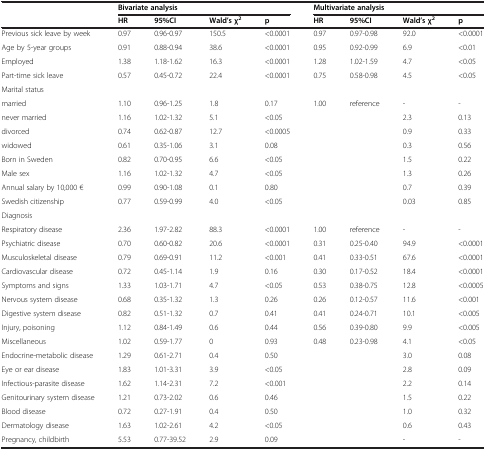
<table><thead><tr><td><b> </b></td><td colspan="4"><b>Bivariate analysis</b></td><td colspan="4"><b>Multivariate analysis</b></td></tr><tr><td><b> </b></td><td><b>HR</b></td><td><b>95%CI</b></td><td><b>Wald’s χ<sup>2</sup></b></td><td><b>p</b></td><td><b>HR</b></td><td><b>95%CI</b></td><td><b>Wald’s χ<sup>2</sup></b></td><td><b>p</b></td></tr></thead><tbody><tr><td>Previous sick leave by week</td><td>0.97</td><td>0.96-0.97</td><td>150.5</td><td>&lt;0.0001</td><td>0.97</td><td>0.97-0.98</td><td>92.0</td><td>&lt;0.0001</td></tr><tr><td>Age by 5-year groups</td><td>0.91</td><td>0.88-0.94</td><td>38.6</td><td>&lt;0.0001</td><td>0.95</td><td>0.92-0.99</td><td>6.9</td><td>&lt;0.01</td></tr><tr><td>Employed</td><td>1.38</td><td>1.18-1.62</td><td>16.3</td><td>&lt;0.0001</td><td>1.28</td><td>1.02-1.59</td><td>4.7</td><td>&lt;0.05</td></tr><tr><td>Part-time sick leave</td><td>0.57</td><td>0.45-0.72</td><td>22.4</td><td>&lt;0.0001</td><td>0.75</td><td>0.58-0.98</td><td>4.5</td><td>&lt;0.05</td></tr><tr><td>Marital status</td><td> </td><td> </td><td> </td><td> </td><td> </td><td> </td><td> </td><td> </td></tr><tr><td>married</td><td>1.10</td><td>0.96-1.25</td><td>1.8</td><td>0.17</td><td>1.00</td><td>reference</td><td>-</td><td>-</td></tr><tr><td>never married</td><td>1.16</td><td>1.02-1.32</td><td>5.1</td><td>&lt;0.05</td><td> </td><td> </td><td>2.3</td><td>0.13</td></tr><tr><td>divorced</td><td>0.74</td><td>0.62-0.87</td><td>12.7</td><td>&lt;0.0005</td><td> </td><td> </td><td>0.9</td><td>0.33</td></tr><tr><td>widowed</td><td>0.61</td><td>0.35-1.06</td><td>3.1</td><td>0.08</td><td> </td><td> </td><td>0.3</td><td>0.56</td></tr><tr><td>Born in Sweden</td><td>0.82</td><td>0.70-0.95</td><td>6.6</td><td>&lt;0.05</td><td> </td><td> </td><td>1.5</td><td>0.22</td></tr><tr><td>Male sex</td><td>1.16</td><td>1.02-1.32</td><td>4.7</td><td>&lt;0.05</td><td> </td><td> </td><td>1.3</td><td>0.26</td></tr><tr><td>Annual salary by 10,000 €</td><td>0.99</td><td>0.90-1.08</td><td>0.1</td><td>0.80</td><td> </td><td> </td><td>0.7</td><td>0.39</td></tr><tr><td>Swedish citizenship</td><td>0.77</td><td>0.59-0.99</td><td>4.0</td><td>&lt;0.05</td><td> </td><td> </td><td>0.03</td><td>0.85</td></tr><tr><td>Diagnosis</td><td> </td><td> </td><td> </td><td> </td><td> </td><td> </td><td> </td><td> </td></tr><tr><td>Respiratory disease</td><td>2.36</td><td>1.97-2.82</td><td>88.3</td><td>&lt;0.0001</td><td>1.00</td><td>reference</td><td>-</td><td>-</td></tr><tr><td>Psychiatric disease</td><td>0.70</td><td>0.60-0.82</td><td>20.6</td><td>&lt;0.0001</td><td>0.31</td><td>0.25-0.40</td><td>94.9</td><td>&lt;0.0001</td></tr><tr><td>Musculoskeletal disease</td><td>0.79</td><td>0.69-0.91</td><td>11.2</td><td>&lt;0.001</td><td>0.41</td><td>0.33-0.51</td><td>67.6</td><td>&lt;0.0001</td></tr><tr><td>Cardiovascular disease</td><td>0.72</td><td>0.45-1.14</td><td>1.9</td><td>0.16</td><td>0.30</td><td>0.17-0.52</td><td>18.4</td><td>&lt;0.0001</td></tr><tr><td>Symptoms and signs</td><td>1.33</td><td>1.03-1.71</td><td>4.7</td><td>&lt;0.05</td><td>0.53</td><td>0.38-0.75</td><td>12.8</td><td>&lt;0.0005</td></tr><tr><td>Nervous system disease</td><td>0.68</td><td>0.35-1.32</td><td>1.3</td><td>0.26</td><td>0.26</td><td>0.12-0.57</td><td>11.6</td><td>&lt;0.001</td></tr><tr><td>Digestive system disease</td><td>0.82</td><td>0.51-1.32</td><td>0.7</td><td>0.41</td><td>0.41</td><td>0.24-0.71</td><td>10.1</td><td>&lt;0.005</td></tr><tr><td>Injury, poisoning</td><td>1.12</td><td>0.84-1.49</td><td>0.6</td><td>0.44</td><td>0.56</td><td>0.39-0.80</td><td>9.9</td><td>&lt;0.005</td></tr><tr><td>Miscellaneous</td><td>1.02</td><td>0.59-1.77</td><td>0</td><td>0.93</td><td>0.48</td><td>0.23-0.98</td><td>4.1</td><td>&lt;0.05</td></tr><tr><td>Endocrine-metabolic disease</td><td>1.29</td><td>0.61-2.71</td><td>0.4</td><td>0.50</td><td> </td><td> </td><td>3.0</td><td>0.08</td></tr><tr><td>Eye or ear disease</td><td>1.83</td><td>1.01-3.31</td><td>3.9</td><td>&lt;0.05</td><td> </td><td> </td><td>2.8</td><td>0.09</td></tr><tr><td>Infectious-parasite disease</td><td>1.62</td><td>1.14-2.31</td><td>7.2</td><td>&lt;0.001</td><td> </td><td> </td><td>2.2</td><td>0.14</td></tr><tr><td>Genitourinary system disease</td><td>1.21</td><td>0.73-2.02</td><td>0.6</td><td>0.46</td><td> </td><td> </td><td>1.5</td><td>0.22</td></tr><tr><td>Blood disease</td><td>0.72</td><td>0.27-1.91</td><td>0.4</td><td>0.50</td><td> </td><td> </td><td>1.0</td><td>0.32</td></tr><tr><td>Dermatology disease</td><td>1.63</td><td>1.02-2.61</td><td>4.2</td><td>&lt;0.05</td><td> </td><td> </td><td>0.6</td><td>0.43</td></tr><tr><td>Pregnancy, childbirth</td><td>5.53</td><td>0.77-39.52</td><td>2.9</td><td>0.09</td><td> </td><td> </td><td>-</td><td>-</td></tr></tbody></table>